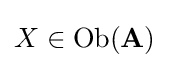
X\in {\text{Ob}}(\mathbf {A} )